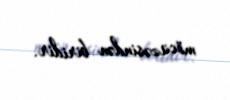
möcüzəsindən biridir.